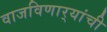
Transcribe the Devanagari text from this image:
वाजविणार्‍यांची